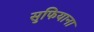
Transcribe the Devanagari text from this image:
सुफियाना